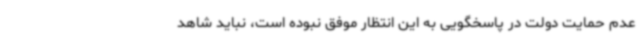
عدم حمایت دولت در پاسخگویی به این انتظار موفق نبوده است، نباید شاهد